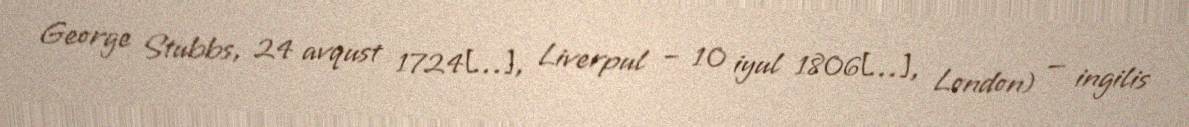
George Stubbs, 24 avqust 1724[…], Liverpul – 10 iyul 1806[…], London) — ingilis